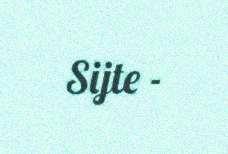
Sijte -